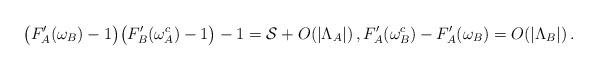
LaTeX: \begin{align*}\big(F_A'(\omega_B)-1\big)\big(F_B'(\omega_A^c)-1\big)-1=\mathcal{S}+O(|\Lambda_A|)\,,F_A'(\omega_B^c)-F_A'(\omega_B)=O(|\Lambda_B|)\,. \end{align*}